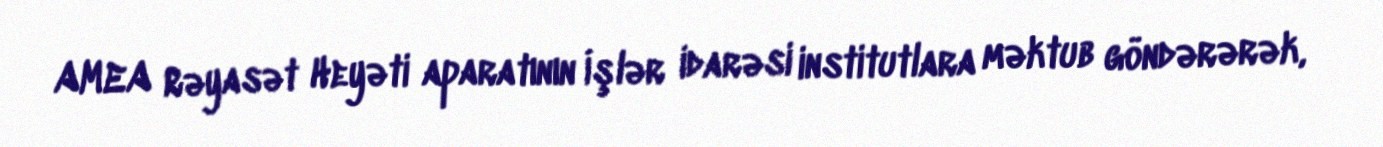
AMEA Rəyasət Heyəti aparatının İşlər idarəsi institutlara məktub göndərərək,